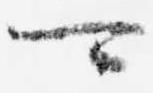
可